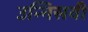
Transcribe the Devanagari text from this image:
उन्निसवी